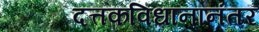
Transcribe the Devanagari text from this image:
दत्तकविधानानंतर